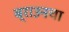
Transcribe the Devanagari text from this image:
ब्राउनचा